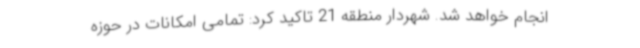
انجام خواهد شد. شهردار منطقه 21 تاکید کرد: تمامی امکانات در حوزه